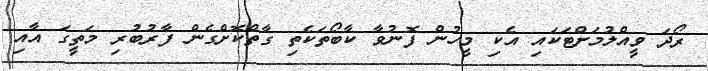
ރޯދަ ވީއްލުމަށްޓަކައި އެކި މީހުން ފޮނުވާ ކާބޯތަކެތި ގާތްކޮށްގެން ފާރުބުރި މަތީގަ އާއި